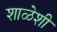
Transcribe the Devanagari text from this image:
शाळेशी